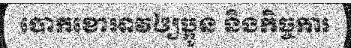
បោកខោអាវឲ្យប្អូន និងកិច្ចការ